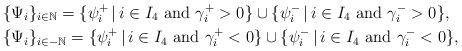
LaTeX: \begin{align*}& \{\Psi_i\}_{i\in\mathbb{N}}= \{\psi^+_i\, |\, i\in I_4\ \textup{and}\ \gamma^{+}_i>0\}\cup \{\psi^-_i\, |\, i\in I_4\ \textup{and}\ \gamma^{-}_i>0\},\\ & \{\Psi_i\}_{i\in-\mathbb{N}}=\{\psi^+_i\, |\, i\in I_4\ \textup{and}\ \gamma^{+}_i<0\}\cup \{\psi^-_i\, |\, i\in I_4\ \textup{and}\ \gamma^{-}_i<0\},\end{align*}